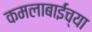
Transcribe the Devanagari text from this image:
कमलाबाईंच्या